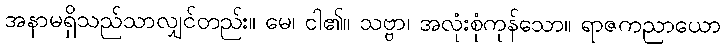
အနာမရှိသည်သာလျှင်တည်း။ မေ၊ ငါ၏။ သဗ္ဗာ၊ အလုံးစုံကုန်သော။ ရာဇကညာယော